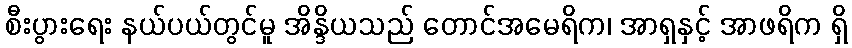
စီးပွားရေး နယ်ပယ်တွင်မူ အိန္ဒိယသည် တောင်အမေရိက၊ အာရှနှင့် အာဖရိက ရှိ